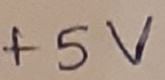
Text: +5V